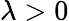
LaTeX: \lambda>0